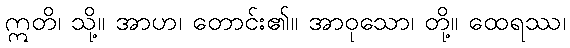
ဣတိ၊ သို့။ အာဟ၊ တောင်း၏။ အာဝုသော၊ တို့။ ထေရဿ၊